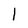
Character: l